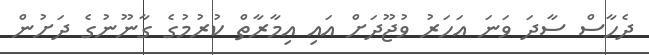
ދެހާސް ސާދަ ވަނަ އަހަރު ވުޖޫދަށް އައި އިމާރާތް ކުރުމުގެ ގާނޫނުގެ ދަށުން